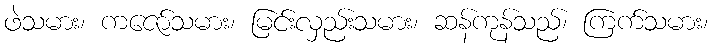
ဖဲသမား၊ ကဇော်သမား၊ မြင်းလှည်းသမား၊ ဆန်ကုန်သည်၊ ကြက်သမား၊